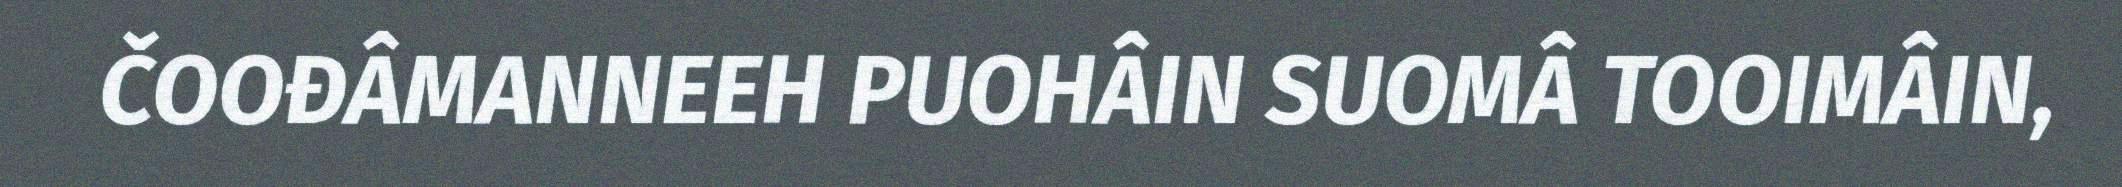
ČOOĐÂMANNEEH PUOHÂIN SUOMÂ TOOIMÂIN,